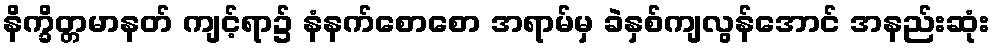
နိက္ခိတ္တမာနတ် ကျင့်ရာ၌ နံနက်စောစော အရာမ်မှ ခဲနှစ်ကျလွန်အောင် အနည်းဆုံး